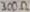
Text: 300Ω